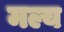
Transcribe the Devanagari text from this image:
मल्य